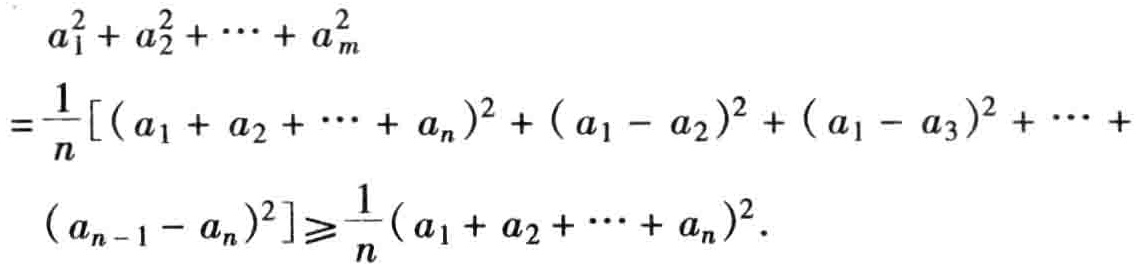
\[

\begin{align*}

&a_{1}^{2}+a_{2}^{2}+\cdots +a_{m}^{2}\\

=&\frac{1}{n}\left[(a_{1}+a_{2}+\cdots +a_{n})^{2}+(a_{1}-a_{2})^{2}+(a_{1}-a_{3})^{2}+\cdots +(a_{n - 1}-a_{n})^{2}\right]\\

\geq&\frac{1}{n}(a_{1}+a_{2}+\cdots +a_{n})^{2}.

\end{align*}

\]